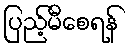
ပြည့်မီစေရန်